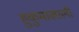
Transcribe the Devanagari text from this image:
हुकुमाखाली